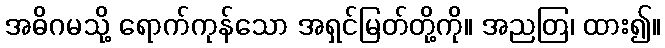
အဓိဂမသို့ ရောက်ကုန်သော အရှင်မြတ်တို့ကို။ အညတြ၊ ထား၍။